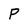
Character: P